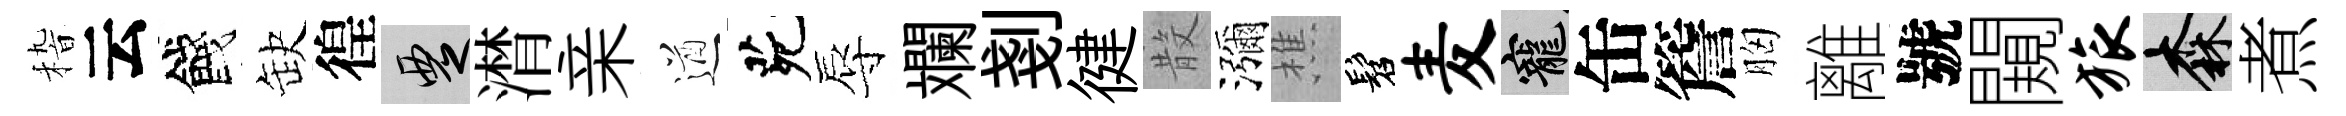
𥟵云餞缺徨覂潸亲遒茕辱斕剗徤𣪚瀰樵髫麦寵缶簷胸離號闚旅森煮